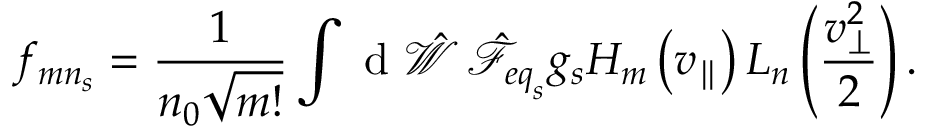
f _ { { m n } _ { s } } = \frac { 1 } { n _ { 0 } \sqrt { m ! } } \int \mathrm { ~ d ~ } \hat { \mathcal { W } } \, \hat { \mathcal { F } } _ { { e q } _ { s } } g _ { s } H _ { m } \left( v _ { \parallel } \right) L _ { n } \left( \frac { v _ { \perp } ^ { 2 } } { 2 } \right) .